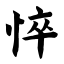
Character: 悴